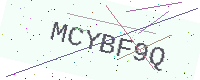
Text: MCYBF9Q